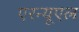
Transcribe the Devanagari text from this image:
एरन्‍यूएल